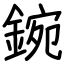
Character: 鋺